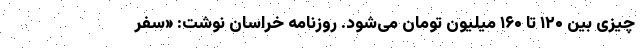
چیزی بین ۱۲۰ تا ۱۶۰ میلیون تومان می‌شود. روزنامه خراسان نوشت: «سفر